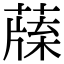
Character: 𦺯